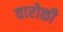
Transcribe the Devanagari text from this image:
वारोळी